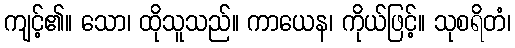
ကျင့်၏။ သော၊ ထိုသူသည်။ ကာယေန၊ ကိုယ်ဖြင့်။ သုစရိတံ၊